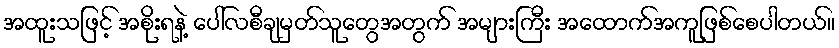
အထူးသဖြင့် အစိုးရနဲ့ ပေါ်လစီချမှတ်သူတွေအတွက် အများကြီး အထောက်အကူဖြစ်စေပါတယ်။